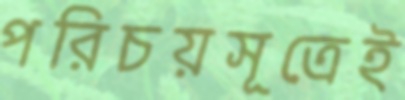
পরিচয়সূত্রেই